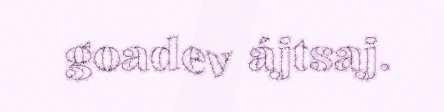
goadev ájtsaj.